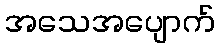
အသေအပျောက်